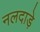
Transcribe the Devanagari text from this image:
नलदाड़े